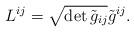
LaTeX: \begin{align*}L^{ij}= \sqrt { \det {\tilde g_{ij}} } \tilde g^{ij} .\end{align*}